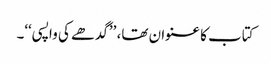
کتاب کا عنوان تھا، ’’گدھے کی واپسی‘‘۔